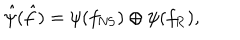
\hat { \psi } ( \hat { f } ) = \psi ( f _ { \mathrm { N S } } ) \oplus \psi ( f _ { \mathrm { R } } ) ,